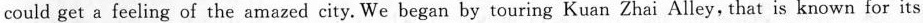
could get a feeling of the amazed city. We began by touring Kuan Zhai Alley, that is known for its